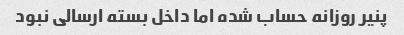
پنیر روزانه حساب شده اما داخل بسته ارسالی نبود